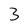
Character: 3